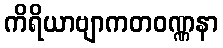
ကိရိယာဗျာကတဝဏ္ဏနာ